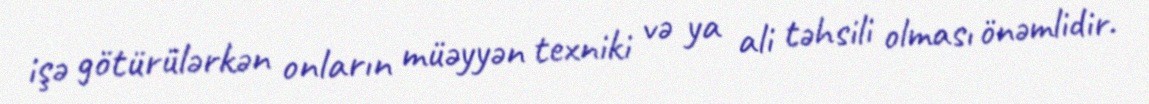
işə götürülərkən onların müəyyən texniki və ya ali təhsili olması önəmlidir.